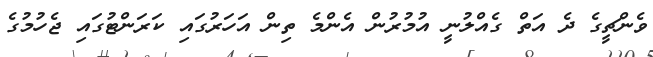
ވެންޗީގެ ދެ އަތް ގެއްލުނީ އުމުރުން އެންމެ ތިން އަހަރުގައި ކަރަންޓުގައި ޖެހުމުގެ